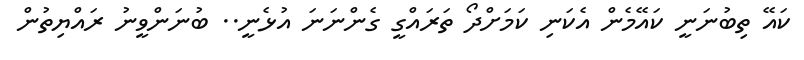
ކައޭ ތިބުނަނީ ކައޭމެން އެކަނި ކަމަށްދޯ ތަރައްގީ ގެންނަނަ އުޅެނީ.. ބުނަންވީނު ރަައްޔިތުން